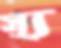
স্যু